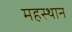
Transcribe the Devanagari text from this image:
महस्थान